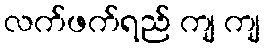
လက်ဖက်ရည် ကျ ကျ